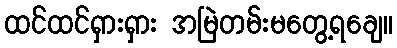
ထင်ထင်ရှားရှား အမြဲတမ်းမတွေ့ရချေ။